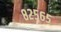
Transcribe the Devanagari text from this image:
८२५६५